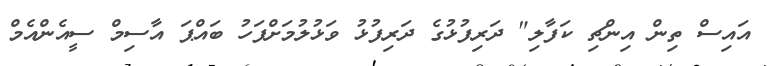
އައިސް ތިން އިންޗި ކަފާލި" ދަރިފުޅުގެ ދަރިފުޅު ވަޅުލުމަށްފަހު ބައްޕަ އާސިމް ސީއެންއެމް